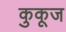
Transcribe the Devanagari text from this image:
कुकूज